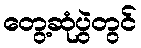
တွေ့ဆုံပွဲတွင်